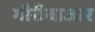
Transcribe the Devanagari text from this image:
गौरीबाजार